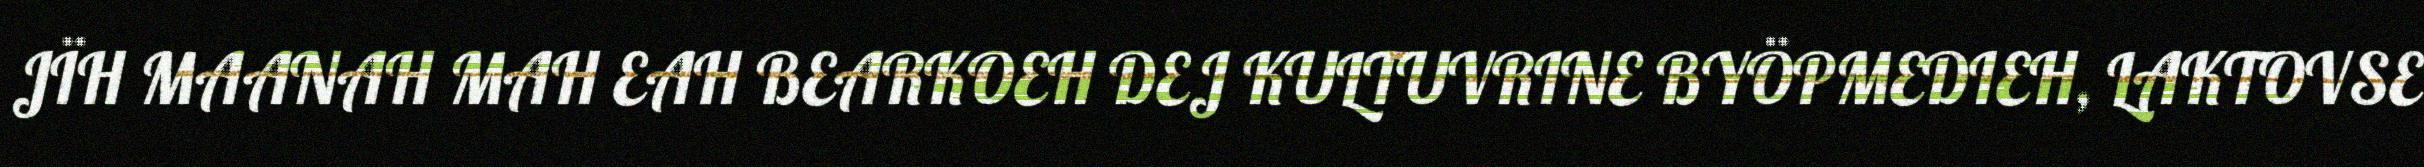
JÏH MAANAH MAH EAH BEARKOEH DEJ KULTUVRINE BYÖPMEDIEH, LAKTOVSE